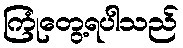
ကြုံတွေ့ရပါသည်